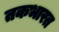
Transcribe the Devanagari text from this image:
तकभारत